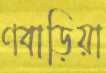
ণবাড়িয়া